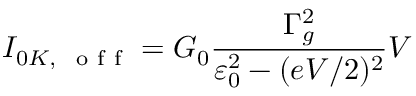
I _ { 0 K , \mathrm { ~ \small ~ o ~ f ~ f ~ } } = G _ { 0 } \frac { \Gamma _ { g } ^ { 2 } } { \varepsilon _ { 0 } ^ { 2 } - ( e V / 2 ) ^ { 2 } } V